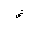
Letter: _fa